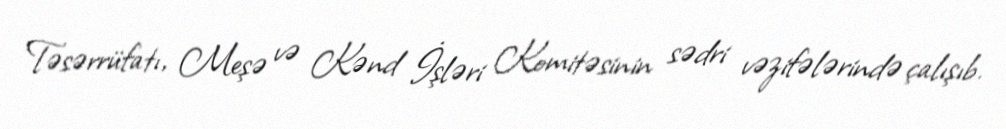
Təsərrüfatı, Meşə və Kənd İşləri Komitəsinin sədri vəzifələrində çalışıb.